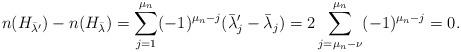
LaTeX: \begin{align*}n(H_{\bar \lambda'})-n(H_{\bar \lambda})= \sum_{j=1}^{\mu_n}(-1)^{\mu_n-j}(\bar \lambda'_j- \bar \lambda _j)=2\sum_{j=\mu_n-\nu}^{\mu_n} (-1)^{\mu_n-j}=0.\end{align*}